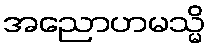
အညောဟမသ္မိ